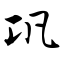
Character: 巩